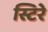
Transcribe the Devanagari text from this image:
स्टिरे